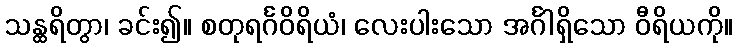
သန္ထရိတွာ၊ ခင်း၍။ စတုရင်္ဂဝိရိယံ၊ လေးပါးသော အင်္ဂါရှိသော ဝီရိယကို။